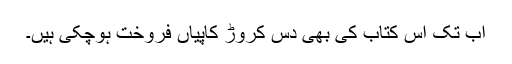
اب تک اس کتاب کی بھی دس کروڑ کاپیاں فروخت ہوچکی ہیں۔